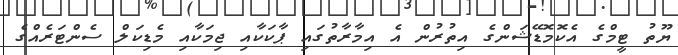
ޔޫތު ޓީމްގެ އެކޮމޮޑޭޝަންގެ އިތުރުން އެ އިމާރާތުގައި ޕާކަކާއި ޖިމަކާއި މެޑިކަލް ސެންޓަރެއްގެ